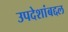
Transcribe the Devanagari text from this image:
उपदेशांबद्दल